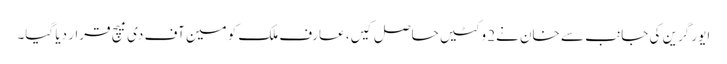
ایور گرین کی جانب سے خان نے2 وکٹیں حاصل کیں، عارف ملک کو مین آف دی میچ قرار دیا گیا۔